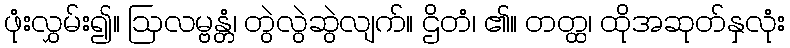
ဖုံးလွှမ်း၍။ ဩလမ္ဗန္တံ၊ တွဲလွဲဆွဲလျက်။ ဌိတံ၊ ၏။ တတ္ထ၊ ထိုအဆုတ်နှလုံး